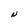
Character: N